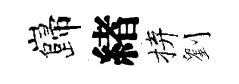
巋緖拚劉